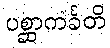
ပစ္ဆာကင်္ခတိ